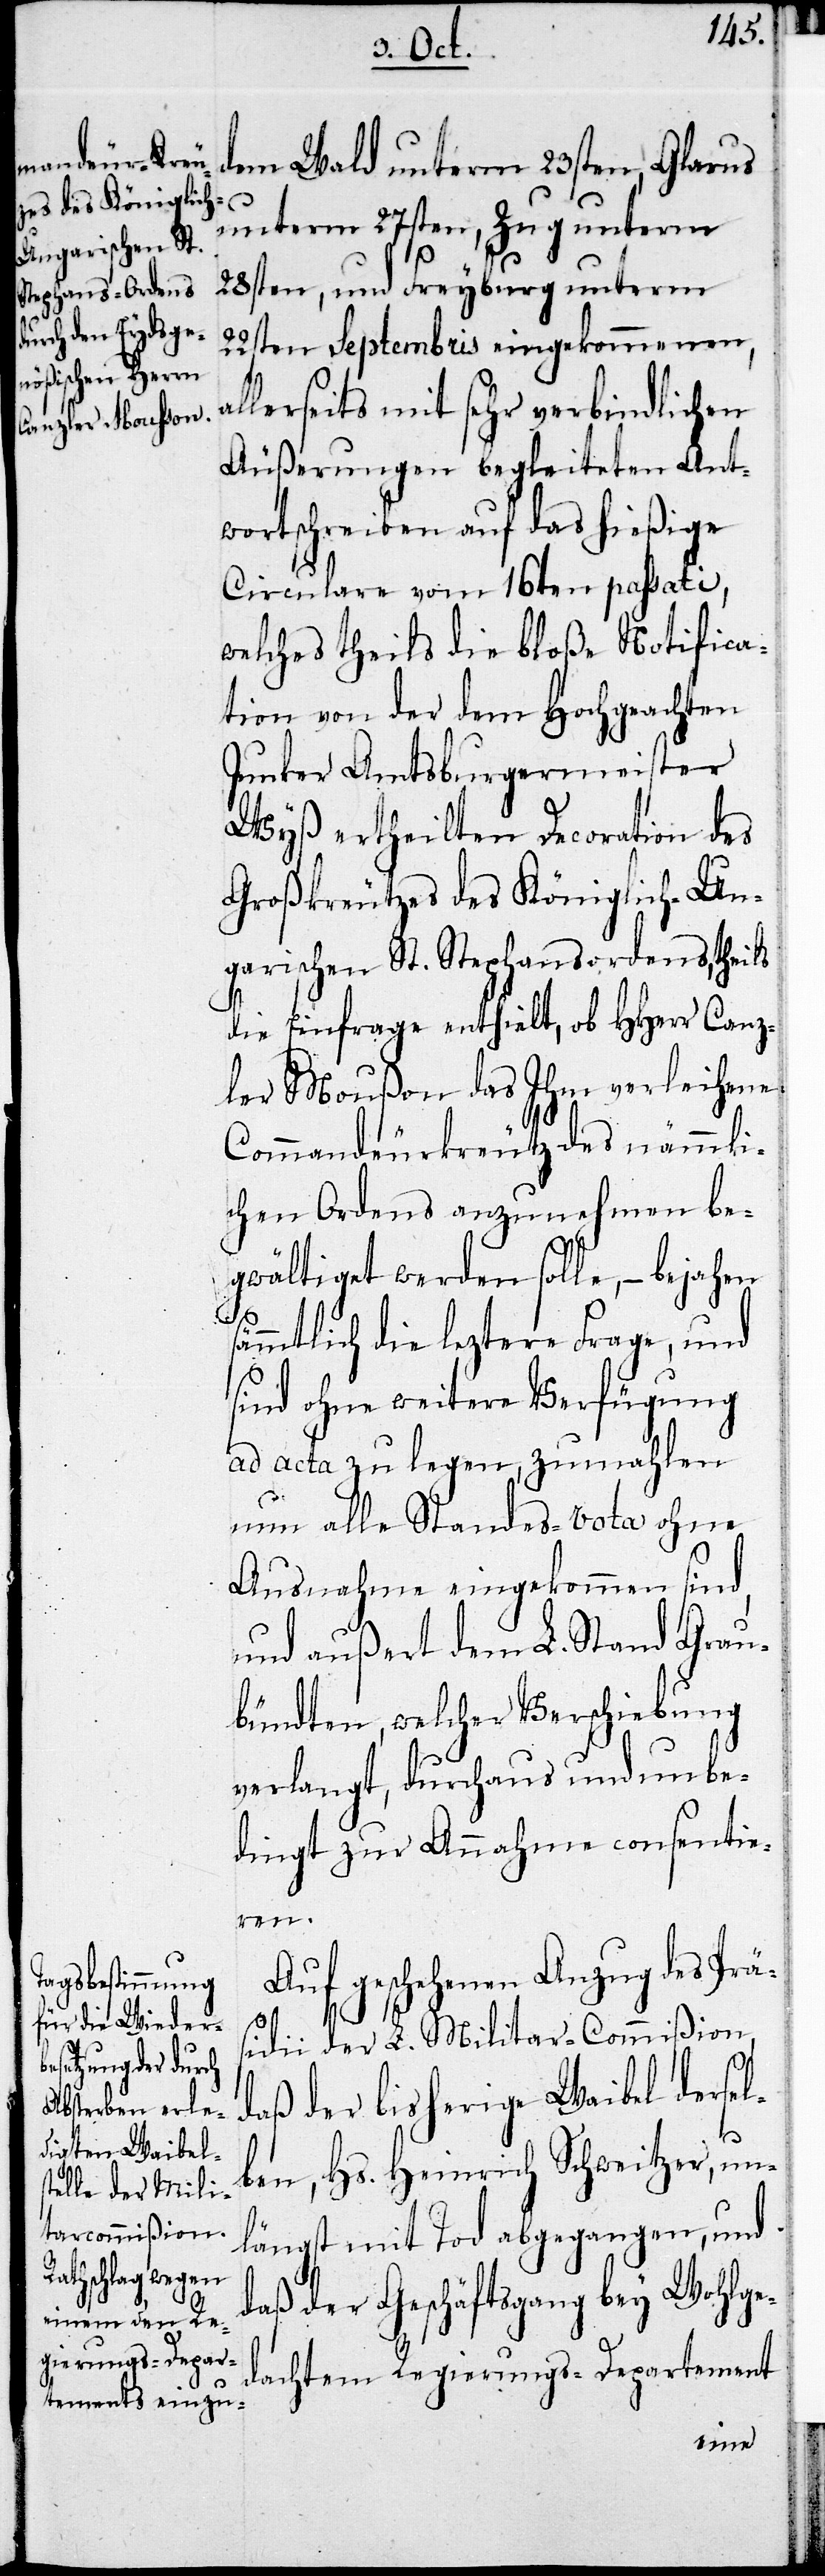
dem Wald unterm 23sten, Glarus
unterm 27sten, Zug unterm
28sten, und Freyburg unterm
22sten Septembris eingekommenen,
allerseits mit sehr verbindlichen
Äußerungen begleiteten Ant¬
wortschreiben auf das hießige
Circulare vom 16ten passati,
welches theils die bloße Notifica¬
tion von der dem Hochgeachten
Junker Amtsburgermeister
Wyß ertheilten Decoration des
Großkreutzes des Königlich-Un¬
garischen St. Stephansordens, theils
die Einfrage enthielt, ob HHerr Canz¬
ler Moußon das Ihm verleihene
Commandeurkreutz des nämmli¬
chen Ordens anzunehmen be¬
gwältiget werden solle, – bejahen
s¬
ämmtliche die leztere Frage, und
sind ohne weitere Verfügung
ad acta zu legen, zumahlen
nun alle Standes-Vota ohne
Ausnahme eingekommen sind,
und außert dem L. Stand Grau¬
bündten, welcher Verschiebung
verlangt, durchaus und unbe¬
dingt zur Annahme consentie¬
ren.
Auf geschehenen Anzug des Prä¬
sidii der L. Militar-Commision,
daß der bisherige Waibel derse¬
lben, Hs. Heinrich Schweitzer, un¬
längst mit dem Tod abgegangen, und
daß der Geschäftsgang bey Wohlge¬
dachtem Regierungs-Departement